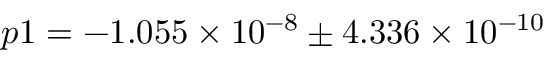
p 1 = - 1 . 0 5 5 \times 1 0 ^ { - 8 } \pm 4 . 3 3 6 \times 1 0 ^ { - 1 0 }